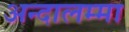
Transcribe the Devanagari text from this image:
अन्दालम्मा